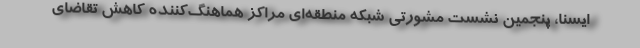
ایسنا، پنجمین نشست مشورتی شبکه منطقه‌ای مراکز هماهنگ‌کننده کاهش تقاضای